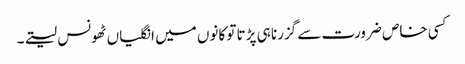
کسی خاص ضرورت سے گزرنا ہی پڑتا تو کانوں میں انگلیاں ٹھونس لیتے۔